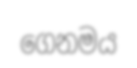
ගෙනමය